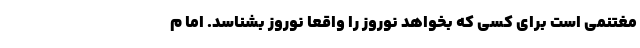
مغتنمی است برای کسی که بخواهد نوروز را واقعاً نوروز بشناسد. اما م